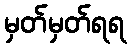
မှတ်မှတ်ရရ